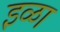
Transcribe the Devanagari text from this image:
इळा